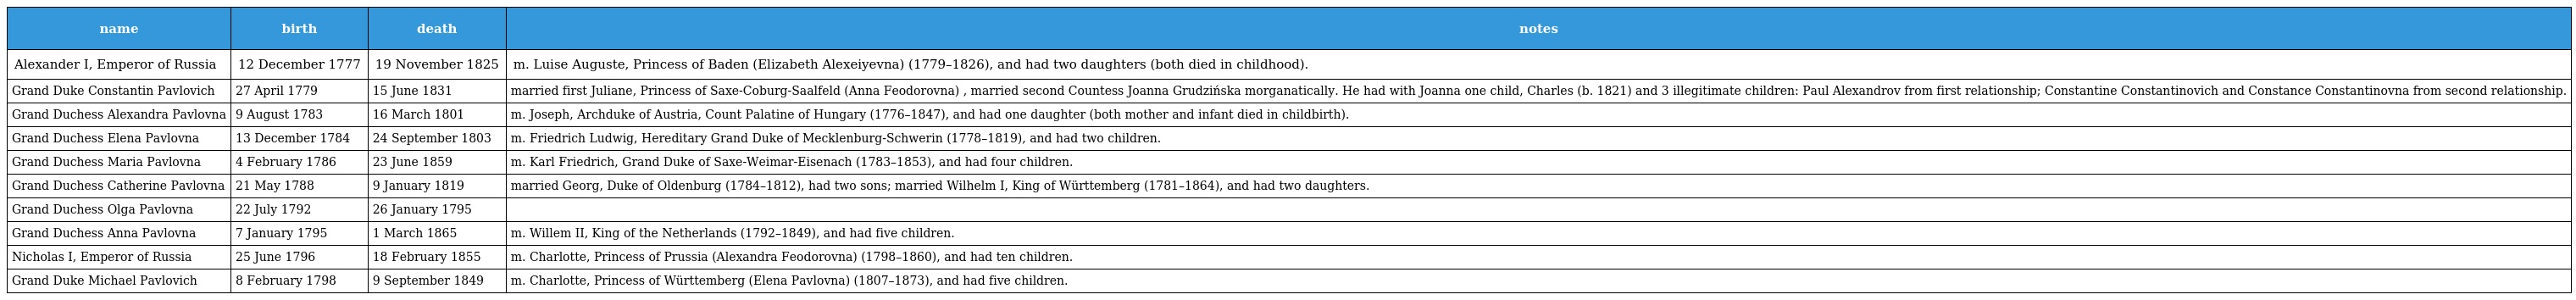
| name | birth | death | notes |
 | --- | --- | --- | --- |
 | Alexander I, Emperor of Russia | 12 December 1777 | 19 November 1825 | m. Luise Auguste, Princess of Baden (Elizabeth Alexeiyevna) (1779–1826), and had two daughters (both died in childhood). |
 | Grand Duke Constantin Pavlovich | 27 April 1779 | 15 June 1831 | married first Juliane, Princess of Saxe-Coburg-Saalfeld (Anna Feodorovna) , married second Countess Joanna Grudzińska morganatically. He had with Joanna one child, Charles (b. 1821) and 3 illegitimate children: Paul Alexandrov from first relationship; Constantine Constantinovich and Constance Constantinovna from second relationship. |
 | Grand Duchess Alexandra Pavlovna | 9 August 1783 | 16 March 1801 | m. Joseph, Archduke of Austria, Count Palatine of Hungary (1776–1847), and had one daughter (both mother and infant died in childbirth). |
 | Grand Duchess Elena Pavlovna | 13 December 1784 | 24 September 1803 | m. Friedrich Ludwig, Hereditary Grand Duke of Mecklenburg-Schwerin (1778–1819), and had two children. |
 | Grand Duchess Maria Pavlovna | 4 February 1786 | 23 June 1859 | m. Karl Friedrich, Grand Duke of Saxe-Weimar-Eisenach (1783–1853), and had four children. |
 | Grand Duchess Catherine Pavlovna | 21 May 1788 | 9 January 1819 | married Georg, Duke of Oldenburg (1784–1812), had two sons; married Wilhelm I, King of Württemberg (1781–1864), and had two daughters. |
 | Grand Duchess Olga Pavlovna | 22 July 1792 | 26 January 1795 |  |
 | Grand Duchess Anna Pavlovna | 7 January 1795 | 1 March 1865 | m. Willem II, King of the Netherlands (1792–1849), and had five children. |
 | Nicholas I, Emperor of Russia | 25 June 1796 | 18 February 1855 | m. Charlotte, Princess of Prussia (Alexandra Feodorovna) (1798–1860), and had ten children. |
 | Grand Duke Michael Pavlovich | 8 February 1798 | 9 September 1849 | m. Charlotte, Princess of Württemberg (Elena Pavlovna) (1807–1873), and had five children. |